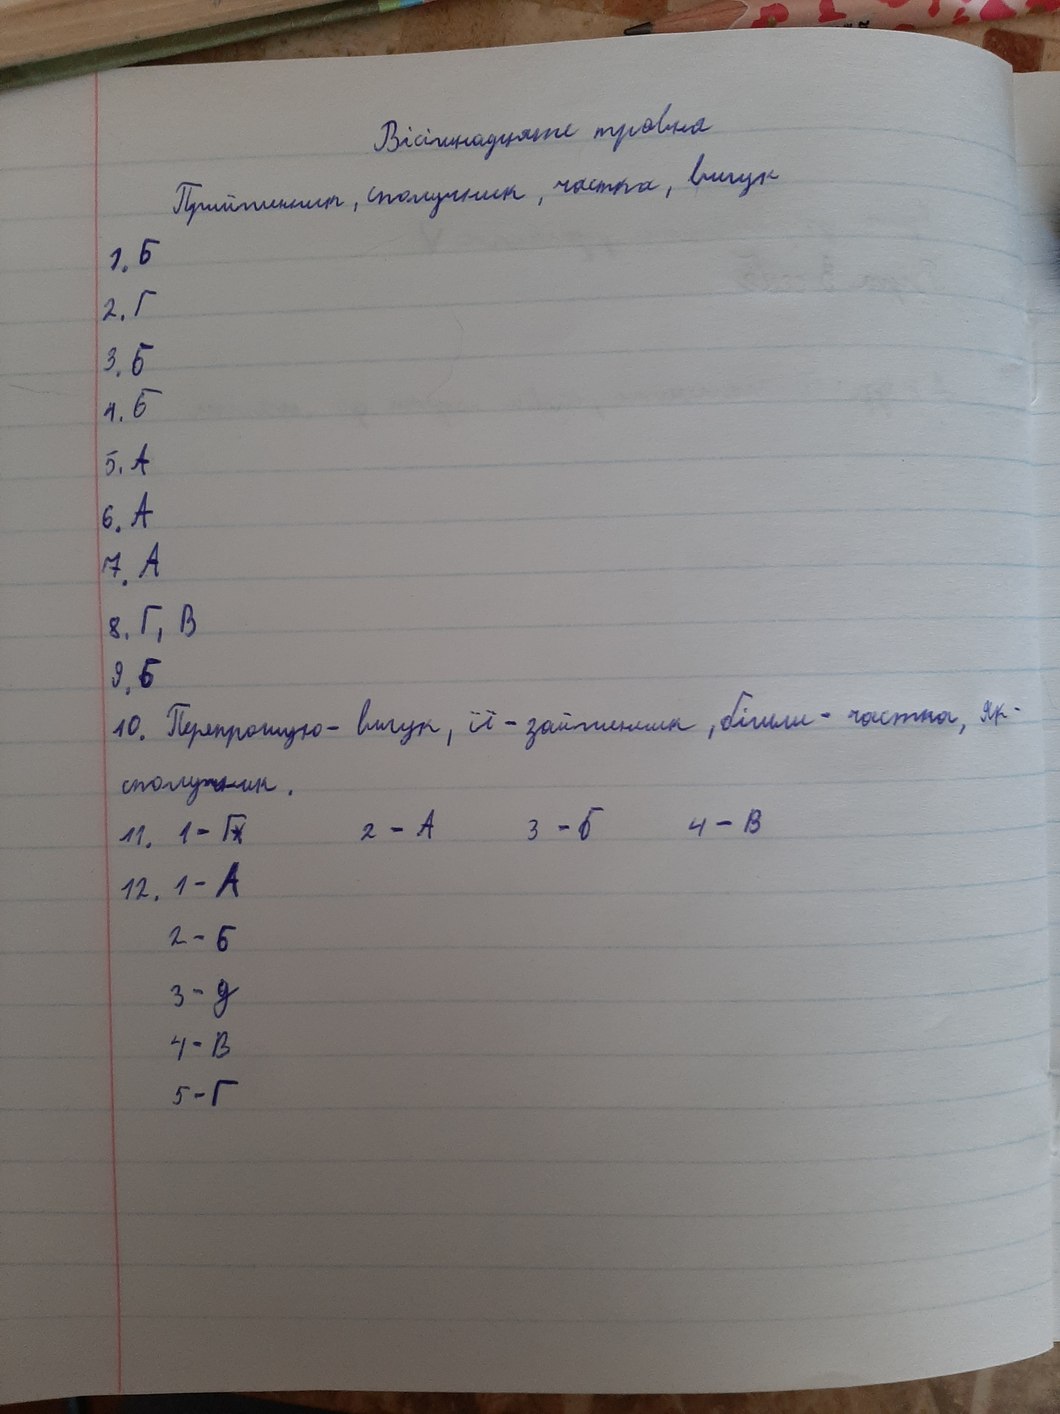
Вісімнадцяте травня
Прийменник, сполучник, частка, вигук
1. Б
2. Г
3. Б
4. Б
5. A
6. A
7. A
8. Г, В
9. Б
10. Перепрошую - вигук, її - займенник, більш - частка, як-
сполучення .
11. 1 - Г 2 - А 3 - Б 4 - В
12. 1 - A
2 - Б
3 - д
4 - B
5 - Г